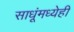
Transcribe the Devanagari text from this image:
साधूंमध्येही